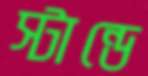
স্টান্ডে